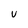
Character: v